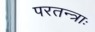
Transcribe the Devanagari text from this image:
परतन्त्राः